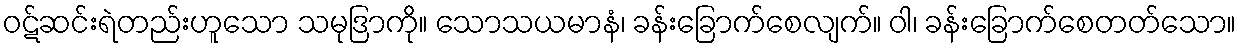
ဝဋ်ဆင်းရဲတည်းဟူသော သမုဒြာကို။ သောသယမာနံ၊ ခန်းခြောက်စေလျက်။ ဝါ၊ ခန်းခြောက်စေတတ်သော။